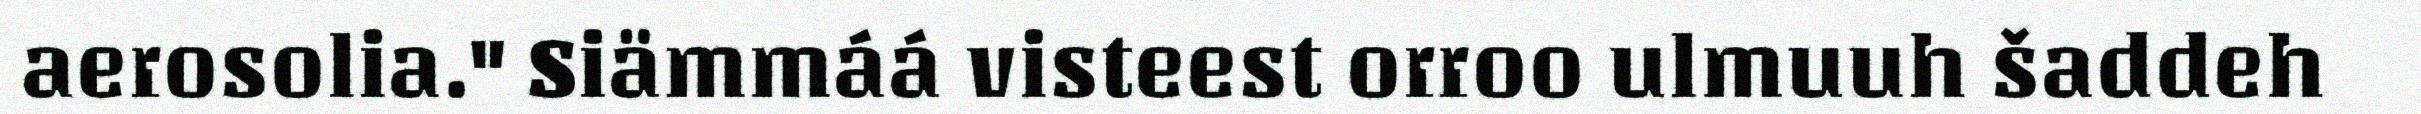
aerosolia." Siämmáá visteest orroo ulmuuh šaddeh